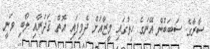
ސާރާގެ ސަބަބުން އޭނަގެ ހިތުގައި މީޒާއަށް ދެވިފައި އޮތް ޤަދަރާއި ލޯބި ވަނީ